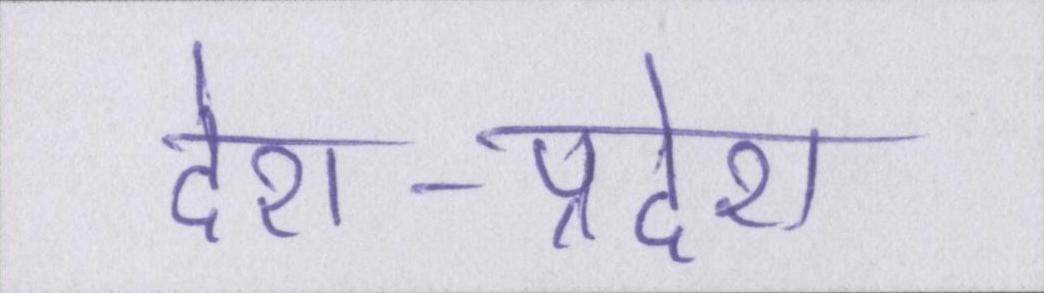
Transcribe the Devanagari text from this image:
देश-प्रदेश